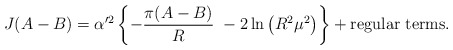
\begin{align*}J(A - B) = \alpha'^2\left\{- \frac{\pi(A-B)}{R}\ - 2\ln\left(R^2\mu^2\right)\right\} + \mbox{regular terms}.\end{align*}